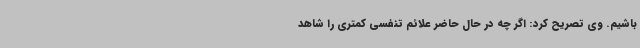
باشیم. وی تصریح کرد: اگر چه در حال حاضر علائم تنفسی کمتری را شاهد